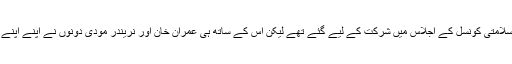
گو کہ دونوں اقوام متحدہ کی سلامتی کونسل کے اجلاس میں شرکت کے لیے گئے تھے لیکن اس کے ساتھ ہی عمران خان اور نریندر مودی دونوں نے اپنے اپنے وقت کا بھرپور استعمال کیا۔